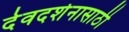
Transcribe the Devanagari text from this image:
देवदर्शनासाठी